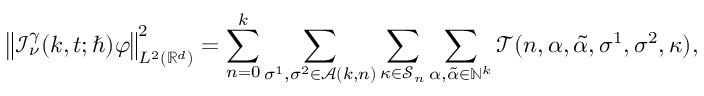
\big \lVert \mathcal { I } _ { \nu } ^ { \gamma } ( k , t ; \hbar ) \varphi \big \rVert _ { L ^ { 2 } ( \mathbb { R } ^ { d } ) } ^ { 2 } = \sum _ { n = 0 } ^ { k } \sum _ { \sigma ^ { 1 } , \sigma ^ { 2 } \in \mathcal { A } ( k , n ) } \sum _ { \kappa \in \mathcal { S } _ { n } } \sum _ { \alpha , \tilde { \alpha } \in \mathbb { N } ^ { k } } \mathcal { T } ( n , \alpha , \tilde { \alpha } , \sigma ^ { 1 } , \sigma ^ { 2 } , \kappa ) ,